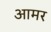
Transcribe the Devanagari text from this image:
आमर